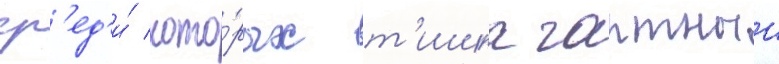
ср'ед'и́ кото́рых т'ишка гартныи